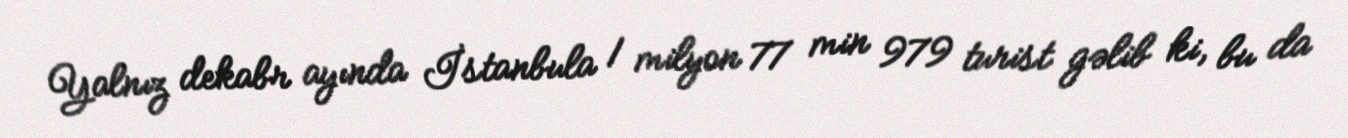
Yalnız dekabr ayında İstanbula 1 milyon 77 min 979 turist gəlib ki, bu da